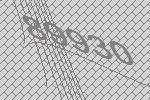
89930